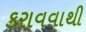
કરાવવાથી